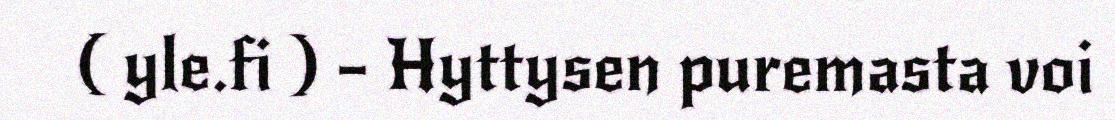
( yle.fi ) – Hyttysen puremasta voi